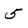
Character: 5